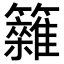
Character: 𥷩